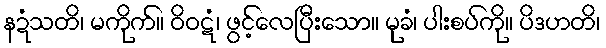
နဍံသတိ၊ မကိုက်။ ဝိဝဋံ၊ ဖွင့်လေပြီးသော။ မုခံ၊ ပါးစပ်ကို။ ပိဒဟတိ၊